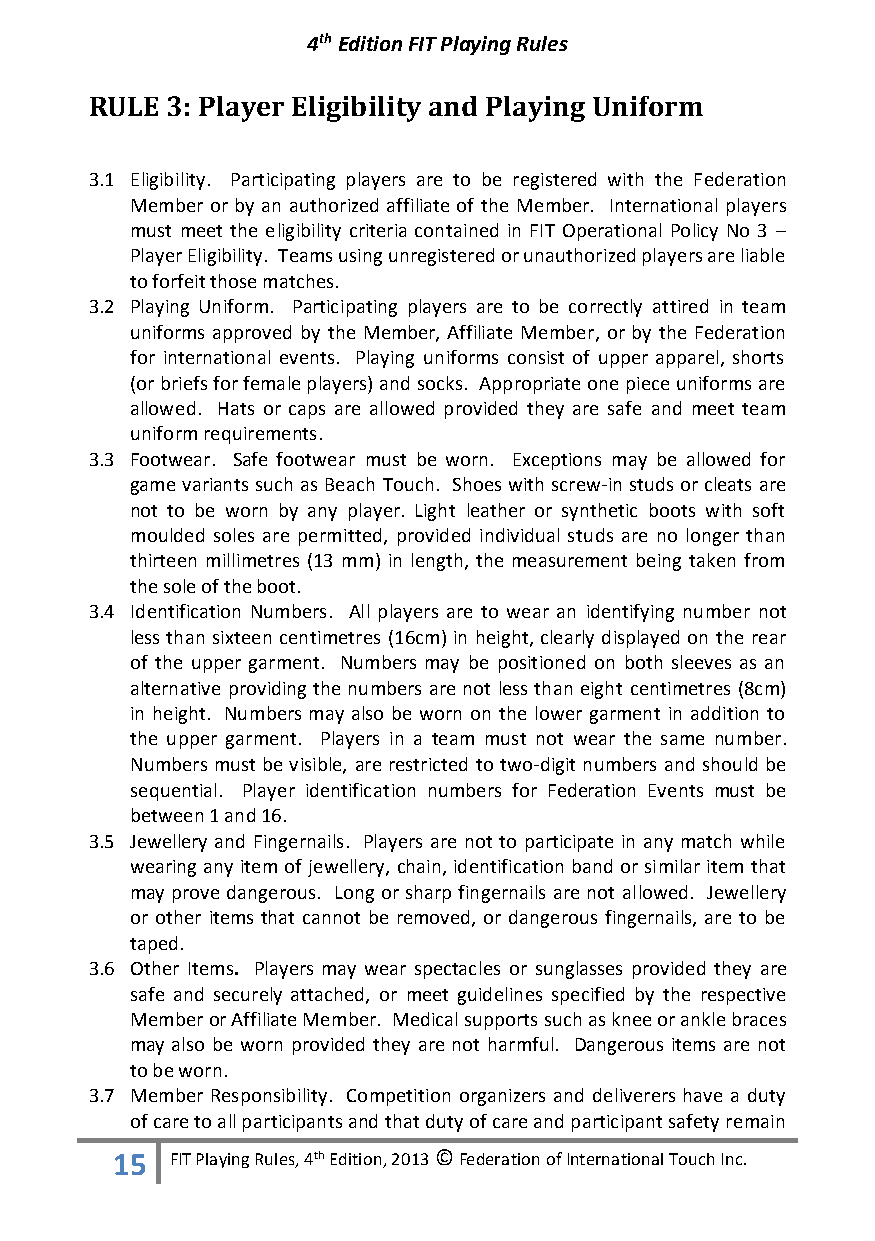
4th Edition FIT Playing Rules
 RULE 3: Player Eligibility and Playing Uniform
 3.1 Eligibility. Participating players are to be registered with the Federation
 Member or by an authorized affiliate of the Member. International players
 must meet the eligibility criteria contained in FIT Operational Policy No 3 –
 Player Eligibility. Teams using unregistered or unauthorized players are liable
 to forfeit those matches.
 3.2 Playing Uniform. Participating players are to be correctly attired in team
 uniforms approved by the Member, Affiliate Member, or by the Federation
 for international events. Playing uniforms consist of upper apparel, shorts
 (or briefs for female players) and socks. Appropriate one piece uniforms are
 allowed. Hats or caps are allowed provided they are safe and meet team
 uniform requirements.
 3.3 Footwear. Safe footwear must be worn. Exceptions may be allowed for
 game variants such as Beach Touch. Shoes with screw-in studs or cleats are
 not to be worn by any player. Light leather or synthetic boots with soft
 moulded soles are permitted, provided individual studs are no longer than
 thirteen millimetres (13 mm) in length, the measurement being taken from
 the sole of the boot.
 3.4 Identification Numbers. All players are to wear an identifying number not
 less than sixteen centimetres (16cm) in height, clearly displayed on the rear
 of the upper garment. Numbers may be positioned on both sleeves as an
 alternative providing the numbers are not less than eight centimetres (8cm)
 in height. Numbers may also be worn on the lower garment in addition to
 the upper garment. Players in a team must not wear the same number.
 Numbers must be visible, are restricted to two-digit numbers and should be
 sequential. Player identification numbers for Federation Events must be
 between 1 and 16.
 3.5 Jewellery and Fingernails. Players are not to participate in any match while
 wearing any item of jewellery, chain, identification band or similar item that
 may prove dangerous. Long or sharp fingernails are not allowed. Jewellery
 or other items that cannot be removed, or dangerous fingernails, are to be
 taped.
 3.6 Other Items. Players may wear spectacles or sunglasses provided they are
 safe and securely attached, or meet guidelines specified by the respective
 Member or Affiliate Member. Medical supports such as knee or ankle braces
 may also be worn provided they are not harmful. Dangerous items are not
 to be worn.
 3.7 Member Responsibility. Competition organizers and deliverers have a duty
 of care to all participants and that duty of care and participant safety remain
 15  FIT Playing Rules, 4th Edition, 2013 © Federation of International Touch Inc.